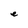
Character: e